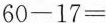
$$6 0 - 1 7 =$$